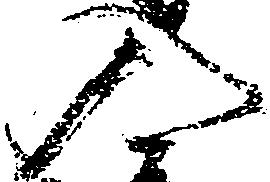
入